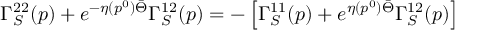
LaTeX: \Gamma _ { S } ^ { 2 2 } ( p ) + e ^ { - \eta ( p ^ { 0 } ) \bar { \Theta } } \Gamma _ { S } ^ { 1 2 } ( p ) = - \left[ \Gamma _ { S } ^ { 1 1 } ( p ) + e ^ { \eta ( p ^ { 0 } ) \bar { \Theta } } \Gamma _ { S } ^ { 1 2 } ( p ) \right]